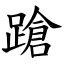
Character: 蹌